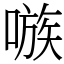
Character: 嗾